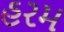
હરમ